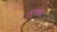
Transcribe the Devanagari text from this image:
लासबेला